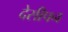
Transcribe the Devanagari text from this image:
देसीपन